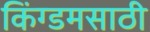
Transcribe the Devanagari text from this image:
किंग्डमसाठी